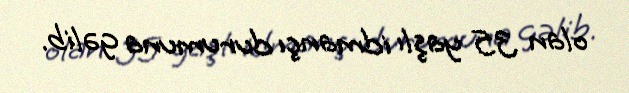
olan 35 yaşlı idmançı durumuna gəlib.